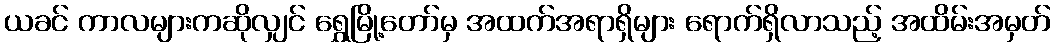
ယခင် ကာလများကဆိုလျှင် ရွှေမြို့တော်မှ အထက်အရာရှိများ ရောက်ရှိလာသည့် အထိမ်းအမှတ်